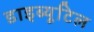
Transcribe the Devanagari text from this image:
डाइब्यूटिल